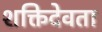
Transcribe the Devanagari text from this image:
शक्तिदेवता